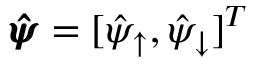
\pmb { \hat { \psi } } = [ \hat { \psi } _ { \uparrow } , \hat { \psi } _ { \downarrow } ] ^ { T }